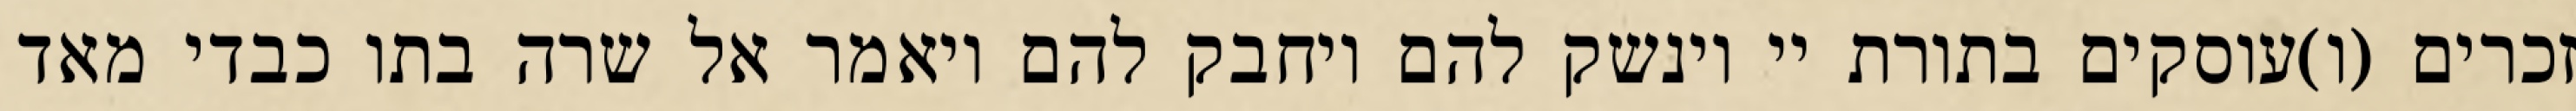
זכרים (ו)עוסקים בתורת יי וינשק להם ויחבק להם ויאמר אל שרה בתו כבדי מאד